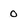
Character: 0